Papers set at the Examination for Leaving Certificates, 1890
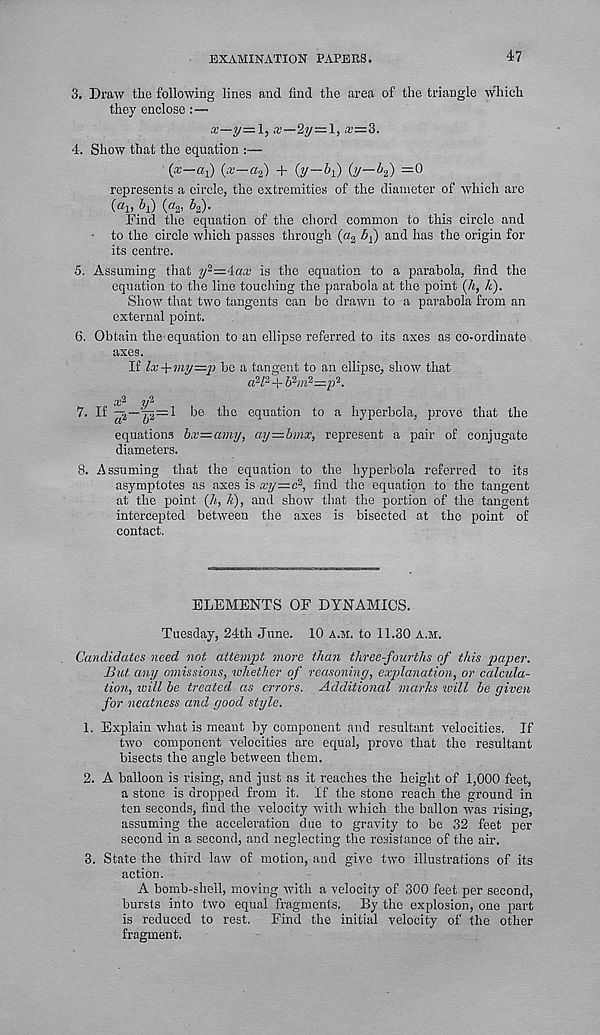
EXAMINATION PAPERS.
47
3. Draw the following lines and find the area of the triangle winch
they enclose:—
x—i/=l, x—2y=l, x—3.
4. Show that the equation :—
(*—«i) ( x~a 2) + (y-^i) (y—* 2 ) =°
represents a circle, the extremities of the diameter of which are
(«i> &i) («2. h)-
Find the equation of the chord common to this circle and
to the circle which passes through (« 3 Sj) and has the origin for
its centre.
5. Assuming that y 2 =4ax is the equation to a parabola, find the
equation to the line touching the parabola at the point (A, k).
Show that two tangents can be drawn to a parabola from an
external point.
6. Obtain the equation to an ellipse referred to its axes as co-ordinate
axes.
If lx + my=2J be a tangent to an ellipse, show that
a 2 l 2 +b 2 m 2 =p 2 .
7. If
be the equation to a hyperbola, prove that the
equations bx—amy, ay—bmx, represent a pair of conjugate
diameters.
8. Assuming that the equation to the hyperbola referred to its
asymptotes as axes is xy—c 2 , find the equation to the tangent
at the point (Ji, K), and show that the portion of the tangent
intercepted between the axes is bisected at the point of
contact.
ELEMENTS OF DYNAMICS.
Tuesday, 24th June. 10 a.m. to 11.30 a.m.
Candidates need not attempt more than three-fourths of this paper.
But any omissions, loheiher of reasoning, explanation, or calcida-
tion, will be treated as errors. Additional marks ivill be given
for neatness and good style.
1. Explain what is meant by component and resultant velocities. If
two component velocities are equal, prove that the resultant
bisects the angle between them.
2. A balloon is rising, and just as it reaches the height of 1,000 feet,
a stone is dropped from it. If the stone reach the ground in
ten seconds, find the velocity with which the ballon was rising,
assuming the acceleration due to gravity to be 32 feet per
second in a second, and neglecting the resistance of the air.
3. State the third law of motion, and give two illustrations of its
action.
A bomb-shell, moving with a velocity of 300 feet per second,
bursts into two equal fragments. By the explosion, one part
is reduced to rest. Find the initial velocity of the other
fragment.